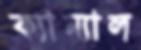
ক্যান্যাল